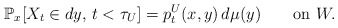
\begin{align*}\mathbb{P}_{x}[X_{t}\in dy,\,t<\tau_{U}]=p^{U}_{t}(x,y)\,d\mu(y)\qquad\textrm{on }W.\end{align*}